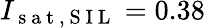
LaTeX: I_{\mathrm{~s~a~t~,~S~I~L~}}=0.38